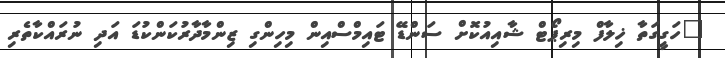
"ހަގީގަތާ ޚިލާފް މިރިޕޯޓް ޝާއިއުކޮށް ސަންޑޭ ޓައިމްސްއިން މިހިންގި ޒިންމާދާރުކަންކުޑަ އަދި ނުރައްކާތެރި